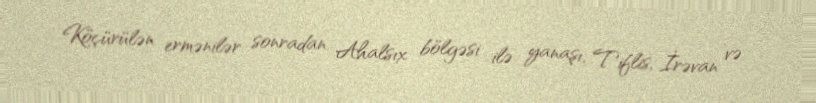
Köçürülən ermənilər sonradan Ahalsıx bölgəsi ilə yanaşı, Tiflis, İrəvan və